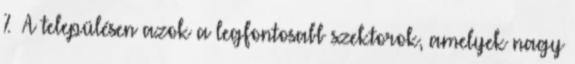
% ▪A településen azok a legfontosabb szektorok, amelyek nagy